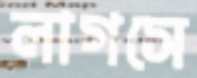
লাগসে